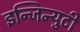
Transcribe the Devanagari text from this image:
इन्जिन्युटी